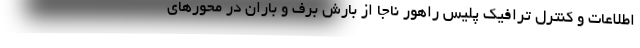
اطلاعات و کنترل ترافیک پلیس راهور ناجا از بارش برف و باران در محورهای